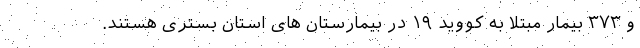
و ۳۷۳ بیمار مبتلا به کووید ۱۹ در بیمارستان های استان بستری هستند.